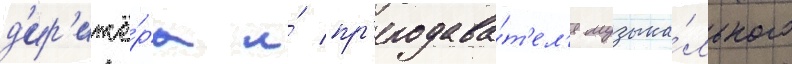
д'ир'ижё́ра и́ пр'еподава́т'ел'я музыка́льного